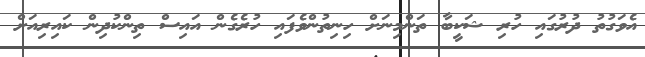
އެވަގުތު ދުރުގައި ހުރި ޝަކީބާ ތަންމިނަށް ހިނިތުންވެފައި ހުރެގެން އައިސް ތިންކުދިން ކައިރިއަށް